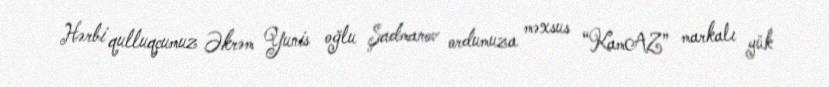
Hərbi qulluqçumuz Əkrəm Yunis oğlu Şadmanov ordumuza məxsus “KamAZ” markalı yük